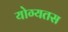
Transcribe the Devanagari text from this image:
योग्यतस